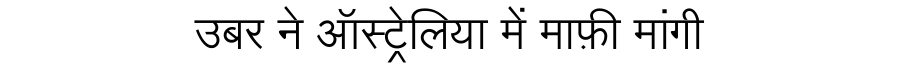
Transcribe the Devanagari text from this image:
उबर ने ऑस्ट्रेलिया में माफ़ी मांगी